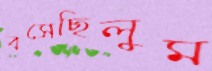
বসেছিলুম